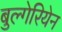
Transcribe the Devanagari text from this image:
बुल्गेरियेन